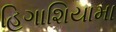
હિગાશિયામા